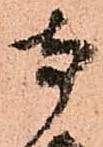
寺